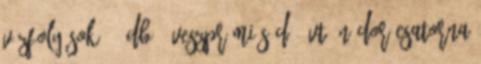
vízfolyások 16 db : Veszprémi-séd 3 vt. Nádor csatorna